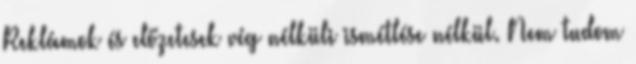
Reklámok és előzetesek vég nélküli ismétlése nélkül. Nem tudom